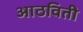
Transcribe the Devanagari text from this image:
आठविती